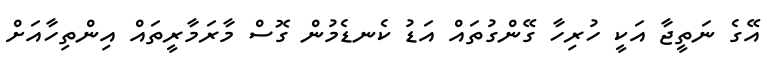
އޭގެ ނަތީޖާ އަކީ ހުރިހާ ގޭންގުތައް އަޑު ކެނޑެމުން ގޮސް މާރަމާރީތައް އިންތިހާއަށް